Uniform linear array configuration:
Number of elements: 64
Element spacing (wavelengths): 0.75
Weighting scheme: blackman
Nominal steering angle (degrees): -30
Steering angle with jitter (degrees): -29.042
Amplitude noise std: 0.05
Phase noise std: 0.05

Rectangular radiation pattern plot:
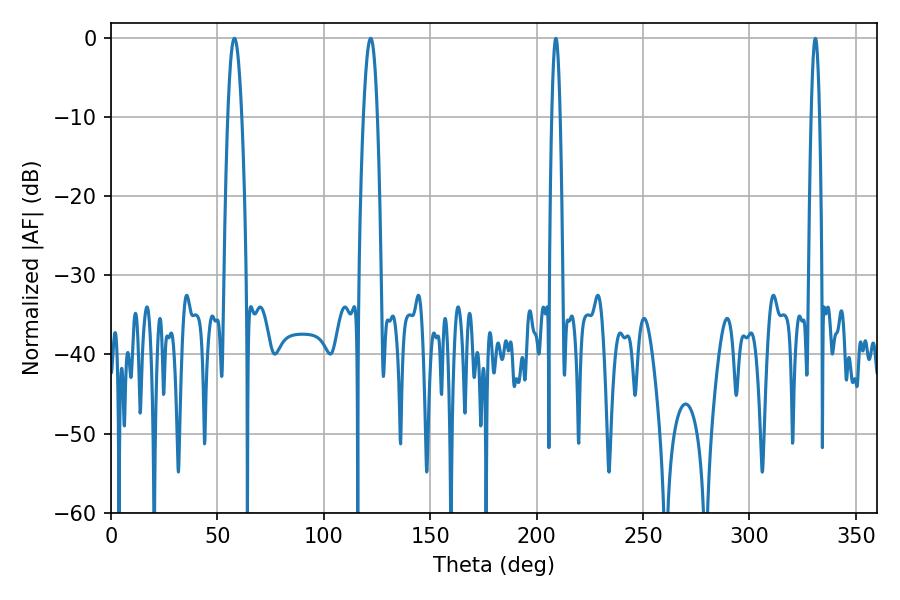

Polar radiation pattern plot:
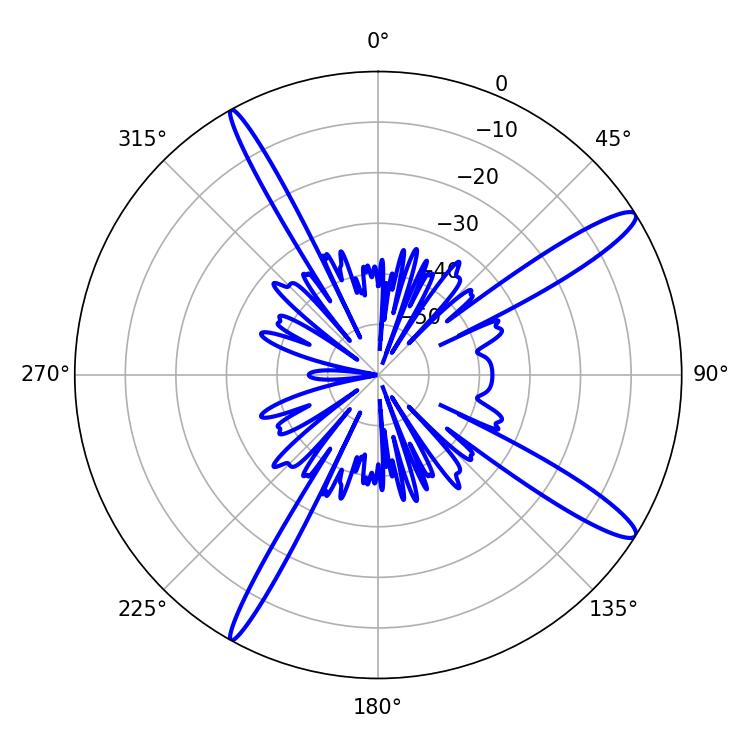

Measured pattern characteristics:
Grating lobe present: TRUE
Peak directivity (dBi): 14.199
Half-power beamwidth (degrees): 3.42
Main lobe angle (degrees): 57.96